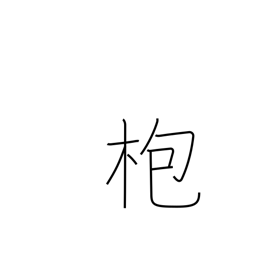
Meaning: gong stick